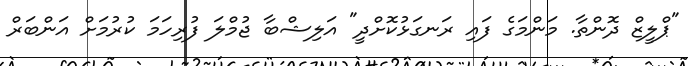
"ޕްލީޒް ދޮންތާ. މަންމަގެ ފައި ރަނގަޅުކޮށްދީ" އަލިޝްބާ ޖުމްލަ ފުރިހަމަ ކުރުމަށް އަންބަރް